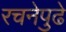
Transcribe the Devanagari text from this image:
रचनेपुढे